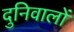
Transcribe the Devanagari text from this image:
दुनिवालों